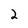
Character: 2